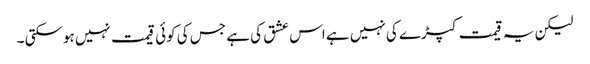
لیکن یہ قیمت کپڑے کی نہیں ہے اس عشق کی ہے جس کی کوئی قیمت نہیں ہوسکتی ۔